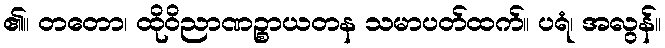
၏။ တတော၊ ထိုဝိညာဏဉ္စာယတန သမာပတ်ထက်။ ပရံ၊ အလွန်။